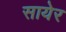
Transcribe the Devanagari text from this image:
सायेर